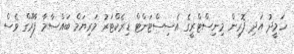
ހަމީދު އަދި ފޮރިން މިނިސްޓްރީގެ އެސިސްޓަންޓް ޑިރެކްޓަރު މަރިޔަމް ބައްސާމާ ފާރޫގް ވެސް